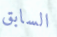
السابق